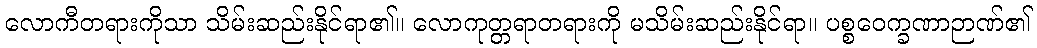
လောကီတရားကိုသာ သိမ်းဆည်းနိုင်ရာ၏။ လောကုတ္တရာတရားကို မသိမ်းဆည်းနိုင်ရာ။ ပစ္စဝေက္ခဏာဉာဏ်၏